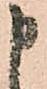
申